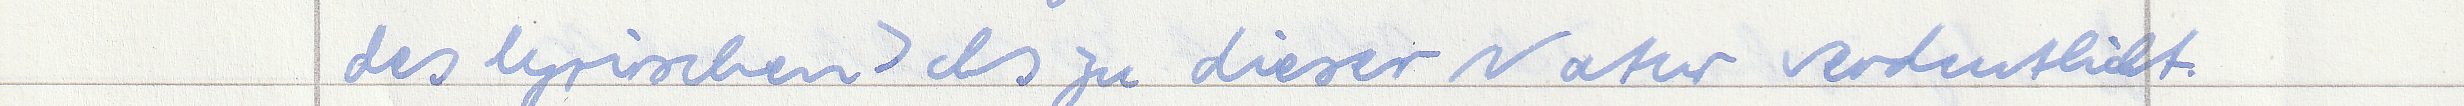
des lyrischen Ichs zu dieser Natur verdeutlicht.